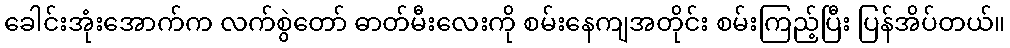
ခေါင်းအုံးအောက်က လက်စွဲတော် ဓာတ်မီးလေးကို စမ်းနေကျအတိုင်း စမ်းကြည့်ပြီး ပြန်အိပ်တယ်။